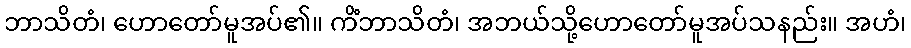
ဘာသိတံ၊ ဟောတော်မူအပ်၏။ ကိံဘာသိတံ၊ အဘယ်သို့ဟောတော်မူအပ်သနည်း။ အဟံ၊